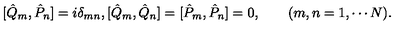
[ \hat { Q } _ { m } , \hat { P } _ { n } ] = i \delta _ { m n } , [ \hat { Q } _ { m } , \hat { Q } _ { n } ] = [ \hat { P } _ { m } , \hat { P } _ { n } ] = 0 , \qquad ( m , n = 1 , \cdots N ) .